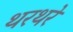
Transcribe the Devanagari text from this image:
थरथरे